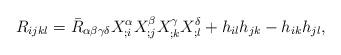
LaTeX: \begin{align*}R_{ijkl}=\bar{R}_{\alpha\beta\gamma\delta}X_{;i}^\alpha X_{;j}^\beta X_{;k}^\gamma X_{;l}^\delta+h_{il}h_{jk}-h_{ik}h_{jl},\end{align*}